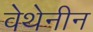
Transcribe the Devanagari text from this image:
वेथेनीन